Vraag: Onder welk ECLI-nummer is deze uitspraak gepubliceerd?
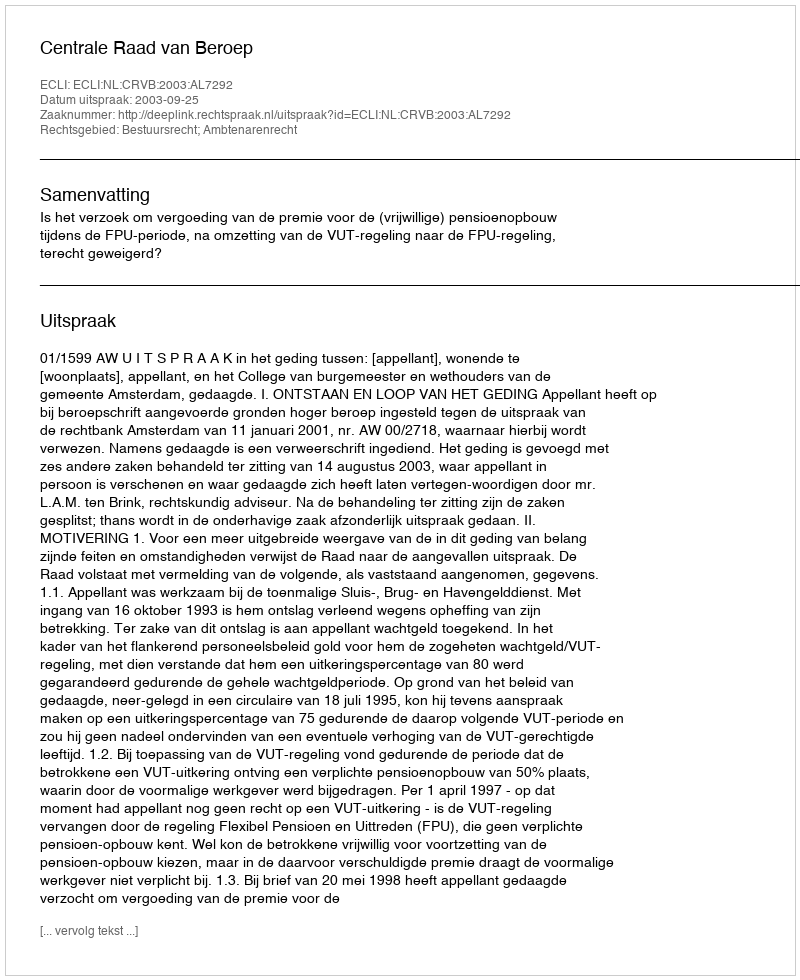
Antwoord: ECLI:NL:CRVB:2003:AL7292